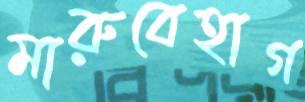
মারুবেহাগ